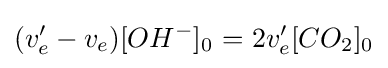
(v_{e}^{\prime }-v_{e})[OH^{-}]_{0^{}}=2v_{e}^{\prime }[CO_{2}]_{0}